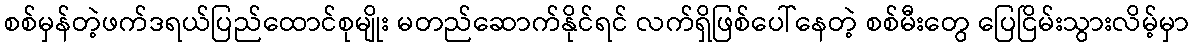
စစ်မှန်တဲ့ဖက်ဒရယ်ပြည်ထောင်စုမျိုး မတည်ဆောက်နိုင်ရင် လက်ရှိဖြစ်ပေါ်နေတဲ့ စစ်မီးတွေ ပြေငြိမ်းသွားလိမ့်မှာ